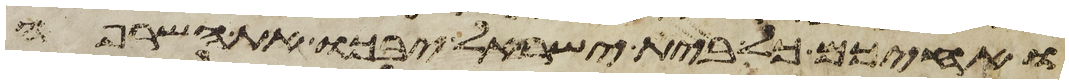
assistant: ואחיכם כל בית ישראל יבכו את השרפה